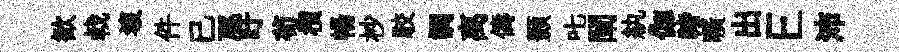
歓㦸壞件已豗盱茍檟暢杪駮調离儔顥叱闡紈伽禇曠出E沛